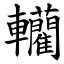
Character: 轥